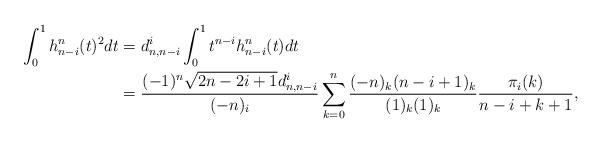
LaTeX: \begin{align*}\int_0^1h^n_{n-i}(t)^2 dt&=d^i_{n,n-i}\int_0^1t^{n-i}h^n_{n-i}(t)dt\\&=\frac{(-1)^n\sqrt{2n-2i+1}d^i_{n,n-i}}{(-n)_i}\sum_{k=0}^n\frac{(-n)_k(n-i+1)_k}{(1)_k(1)_k}\frac{\pi_i(k)}{n-i+k+1},\end{align*}